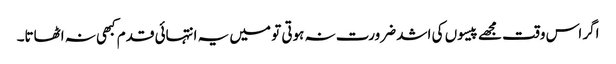
اگر اس وقت مجھے پیسوں کی اشد ضرورت نہ ہوتی تو میں یہ انتہائی قدم کبھی نہ اٹھاتا۔